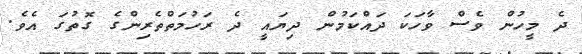
ދެ މީހުން ވެސް ވާހަކަ ދައްކަމުން ދިޔައީ ދެ ރަހުމަތްތެރިންގެ ގޮތުގަ އެވެ.